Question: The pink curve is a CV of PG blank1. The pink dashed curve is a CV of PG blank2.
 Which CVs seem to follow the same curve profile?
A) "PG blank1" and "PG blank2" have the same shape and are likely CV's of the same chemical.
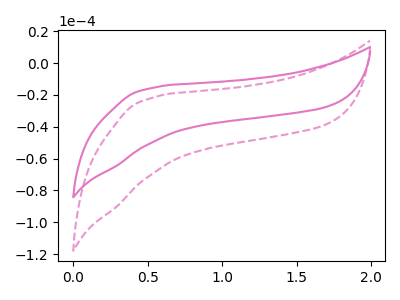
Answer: <think>The pink curve "PG blank1" has no peaks. The pink dashed curve "PG blank2" has no peaks.
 Neither "PG blank1" or "PG blank2" have any peaks.</think>
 <answer>A) "PG blank1" and "PG blank2" have the same shape and are likely CV's of the same chemical.</answer>
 <eval>A</eval>